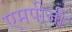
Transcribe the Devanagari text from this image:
एमपीजी